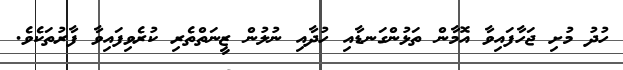
ހުދު މުށި ޖަހާފައިވާ އޮމާން ތަޅުންގަނޑާއި ހުދާއި ނުލުން ޒީނަތްތެރި ކުރެވިފައިވާ ފާރުތަކެވެ.